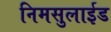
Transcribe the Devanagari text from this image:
निमसुलाईड